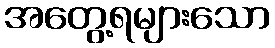
အတွေ့ရများသော